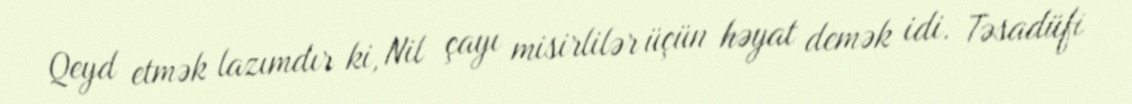
Qeyd etmək lazımdır ki, Nil çayı misirlilər üçün həyat demək idi. Təsadüfi